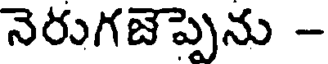
నెరుగజెప్పెను -